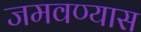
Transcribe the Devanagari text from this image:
जमवण्यास